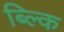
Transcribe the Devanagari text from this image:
ब्ल्कि